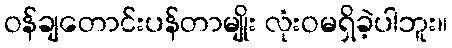
ဝန်ချတောင်းပန်တာမျိုး လုံးဝမရှိခဲ့ပါဘူး။